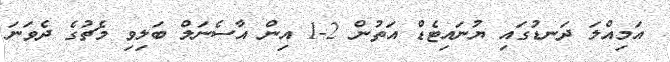
އަމިއްލަ ދަނޑުގައި ޔުނައިޓެޑް އަތުން 2-1 އިން އާސެނަލް ބަލިވި މެޗުގެ ދެވަނަ